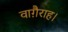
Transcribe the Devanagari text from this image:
वाग़ैराह।